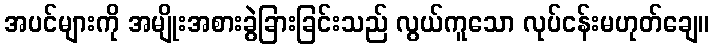
အပင်များကို အမျိုးအစားခွဲခြားခြင်းသည် လွယ်ကူသော လုပ်ငန်းမဟုတ်ချေ။